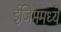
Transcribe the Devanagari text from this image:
ईजिप्तमध्ये